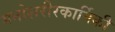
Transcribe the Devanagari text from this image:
मनोशरीरकार्यिकी